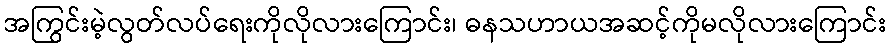
အကြွင်းမဲ့လွတ်လပ်ရေးကိုလိုလားကြောင်း၊ ဓနသဟာယအဆင့်ကိုမလိုလားကြောင်း